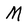
Character: M